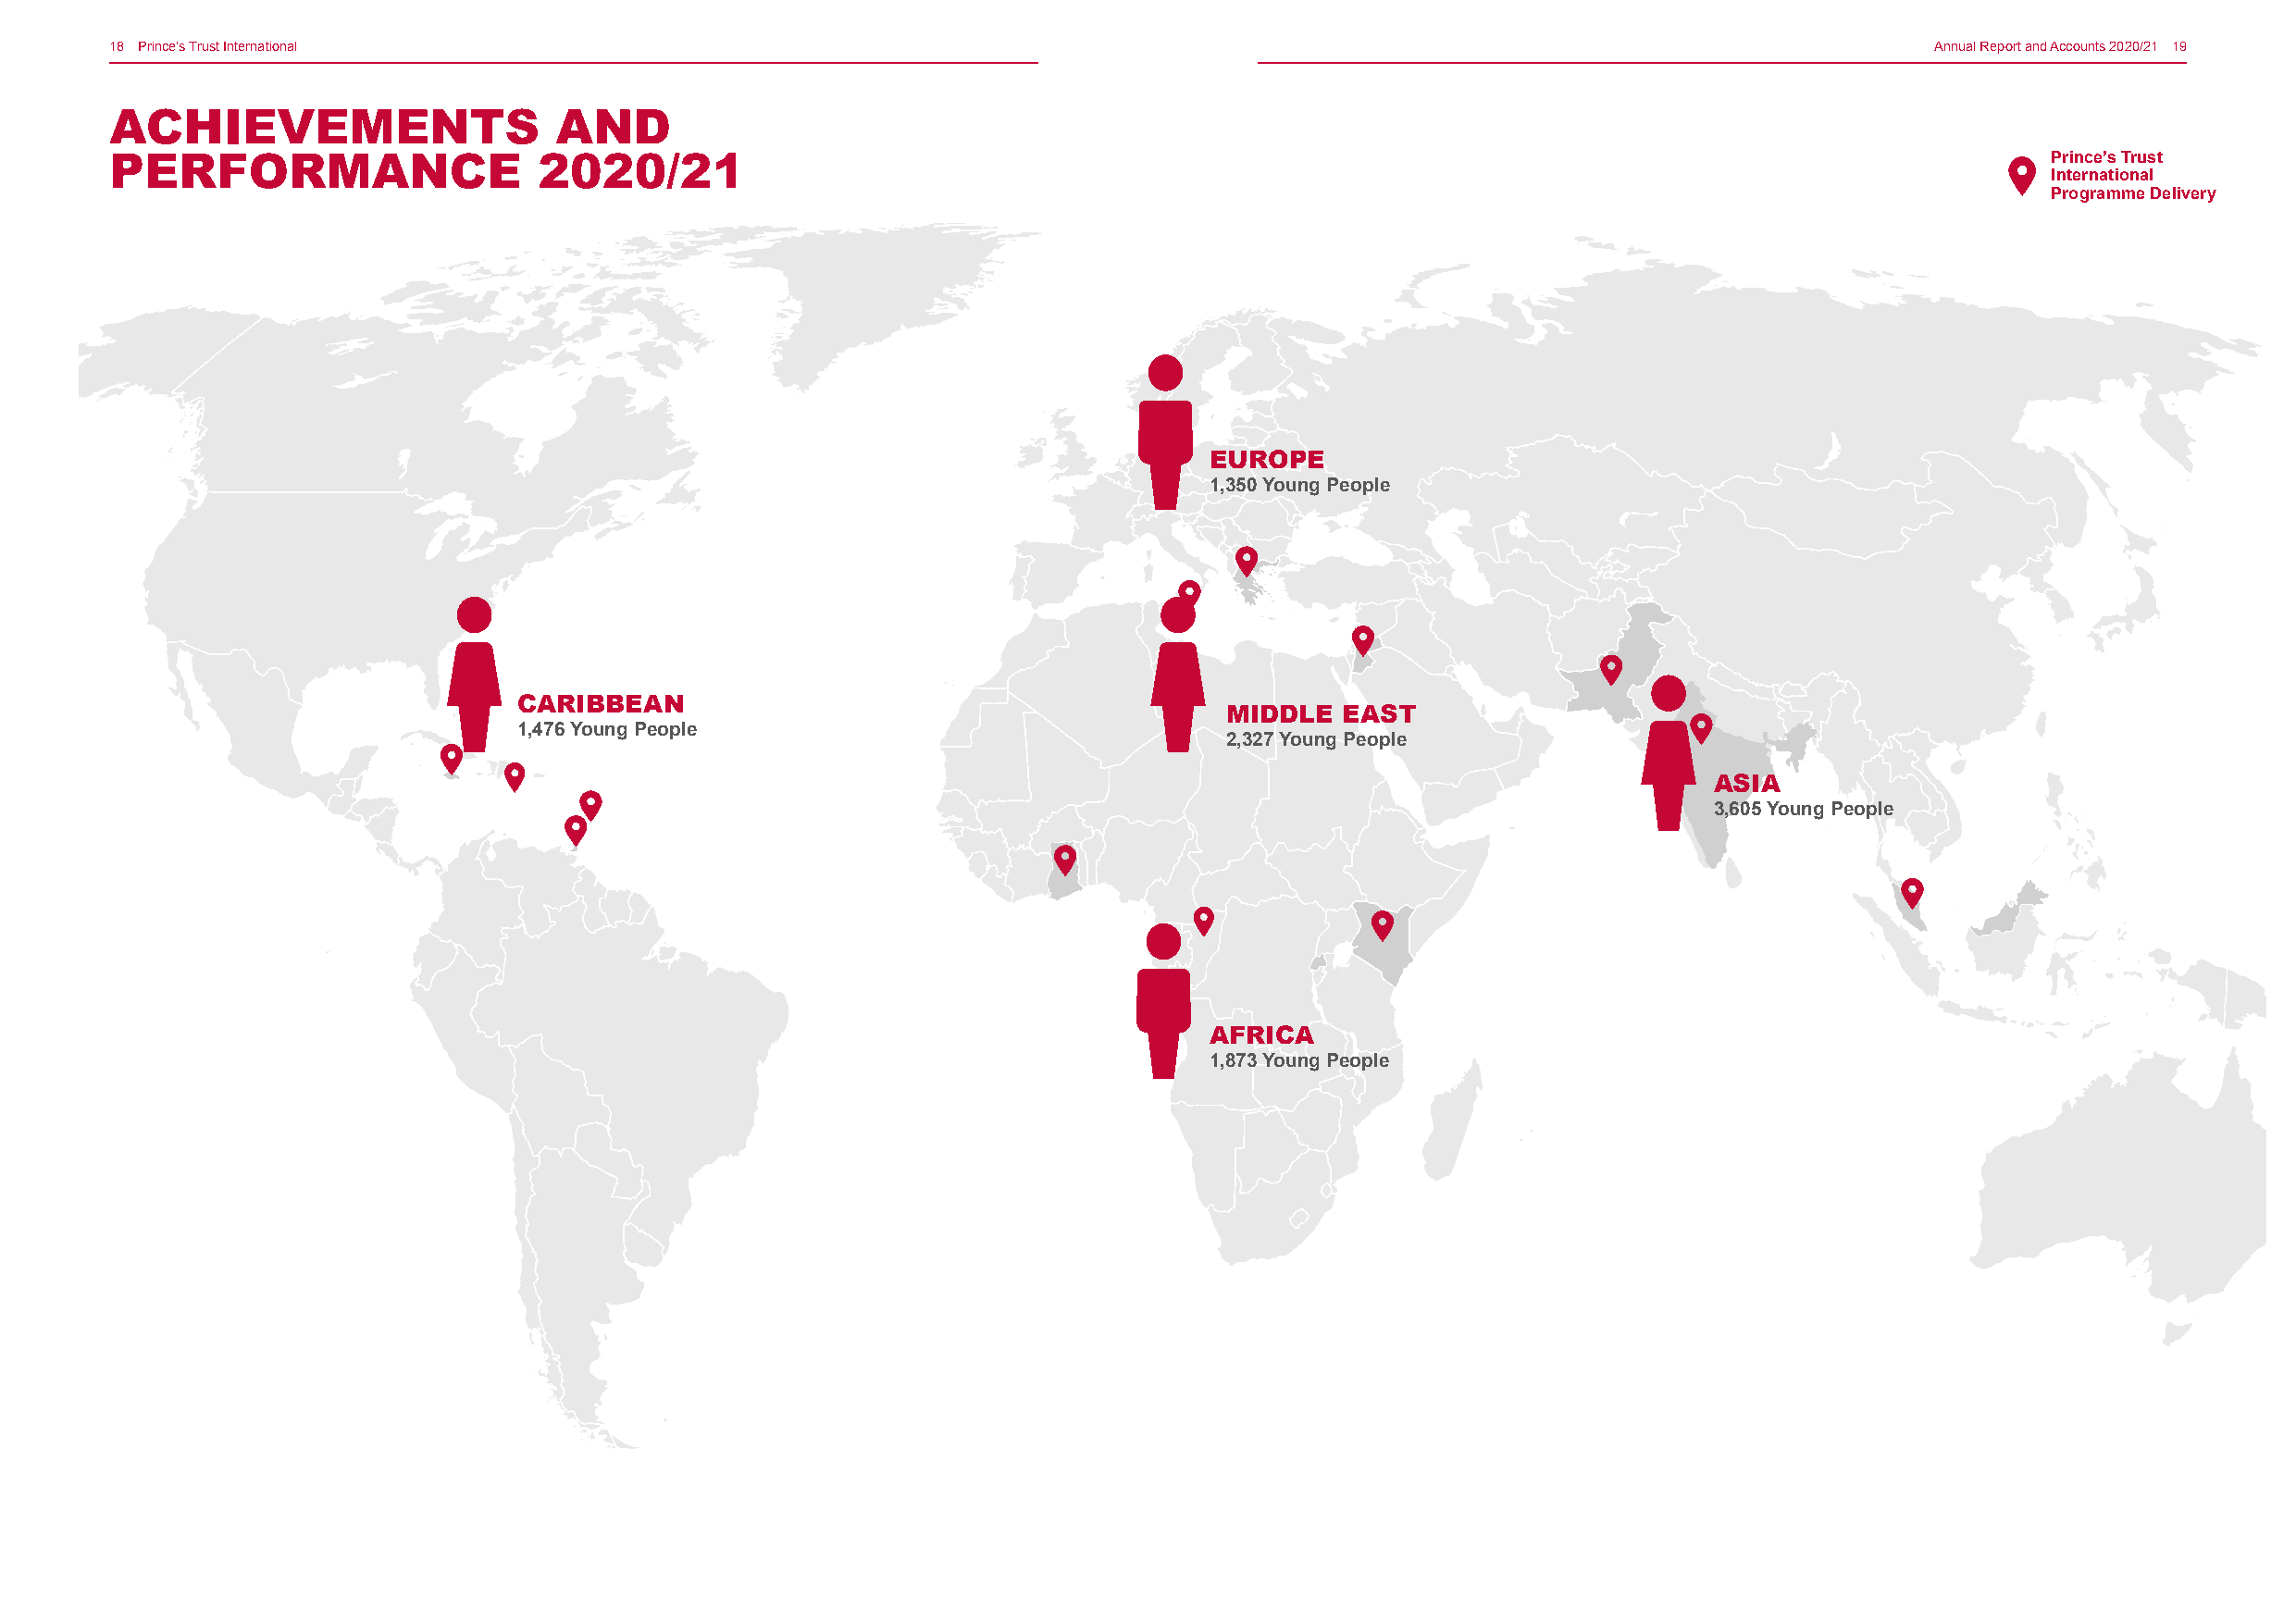
18 Prince’s Trust International                                                                                                   Annual Report and Accounts 2020/21 19
 ACHIEVEMENTS                    AND
 PERFORMANCE                   2020/21                                                                                                      Prince’s Trust
 International
 Programme Delivery
 EUROPE
 1,350 Young People
 CARIBBEAN
 MIDDLE  EAST
 1,476 Young People
 2,327 Young People
 ASIA
 3,605 Young People
 AFRICA
 1,873 Young People
 95%